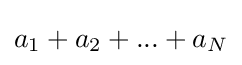
a_{1}+a_{2}+...+a_{N}